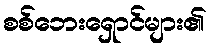
စစ်ဘေးရှောင်များ၏